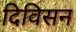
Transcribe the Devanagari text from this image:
दिविसन